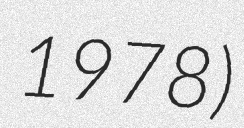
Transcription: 1978)